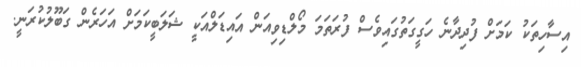
އިސާހިތަކު ކަމަށް ފުދިދާނެ ހަގީގަތުގައިވެސް ފުރަތަމަ މޯލްޑިވިއަން އައިޑަލްއަކީ ޝަލަބީކަމަށް އަހަރެން ގަބޫލުކުރަނީ.